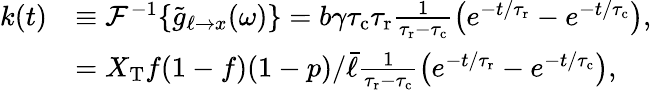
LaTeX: \begin{array}{rl}{k(t)}&{\equiv\mathcal{F}^{-1}\{ \tilde{g}_{\ell\to x}(\omega)\} =b\gamma{\tau_{\mathrm{c}}}{\tau_{\mathrm{r}}}\frac{1}{{\tau_{\mathrm{r}}}-{\tau_{\mathrm{c}}}}\left(e^{-t/{\tau_{\mathrm{r}}}}-e^{-t/{\tau_{\mathrm{c}}}}\right),}\\ &{=X_{\mathrm{T}}f(1-f)(1-p)/\bar{\ell}\frac{1}{{\tau_{\mathrm{r}}}-{\tau_{\mathrm{c}}}}\left(e^{-t/{\tau_{\mathrm{r}}}}-e^{-t/{\tau_{\mathrm{c}}}}\right),}\end{array}